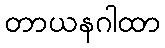
တာယနဂါထာ